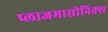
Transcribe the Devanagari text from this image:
प्लाजमासोनिक्स